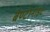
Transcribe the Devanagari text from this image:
बैण्टोनाइट